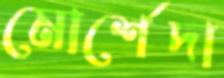
মোর্শেদা